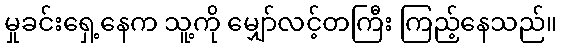
မှုခင်းရှေ့နေက သူ့ကို မျှော်လင့်တကြီး ကြည့်နေသည်။